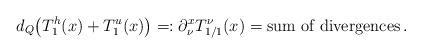
LaTeX: \begin{align*}d_{Q}\big(T_{1}^{h}(x)+T_{1}^{u}(x)\big)=:\partial_{\nu}^{x}T_{1/1}^{ \nu}(x)=\hbox{sum of divergences}\, .\end{align*}